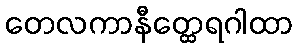
တေလကာနီတ္ထေရဂါထာ